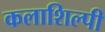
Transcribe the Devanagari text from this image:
कलाशिल्पी